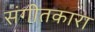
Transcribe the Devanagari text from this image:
संगीतकारा